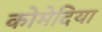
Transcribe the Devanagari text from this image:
कोमेदिया